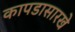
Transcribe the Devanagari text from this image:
कापडासारखे